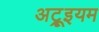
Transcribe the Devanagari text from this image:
अट्रूइयम